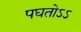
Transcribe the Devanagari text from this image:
पघतोऽऽ